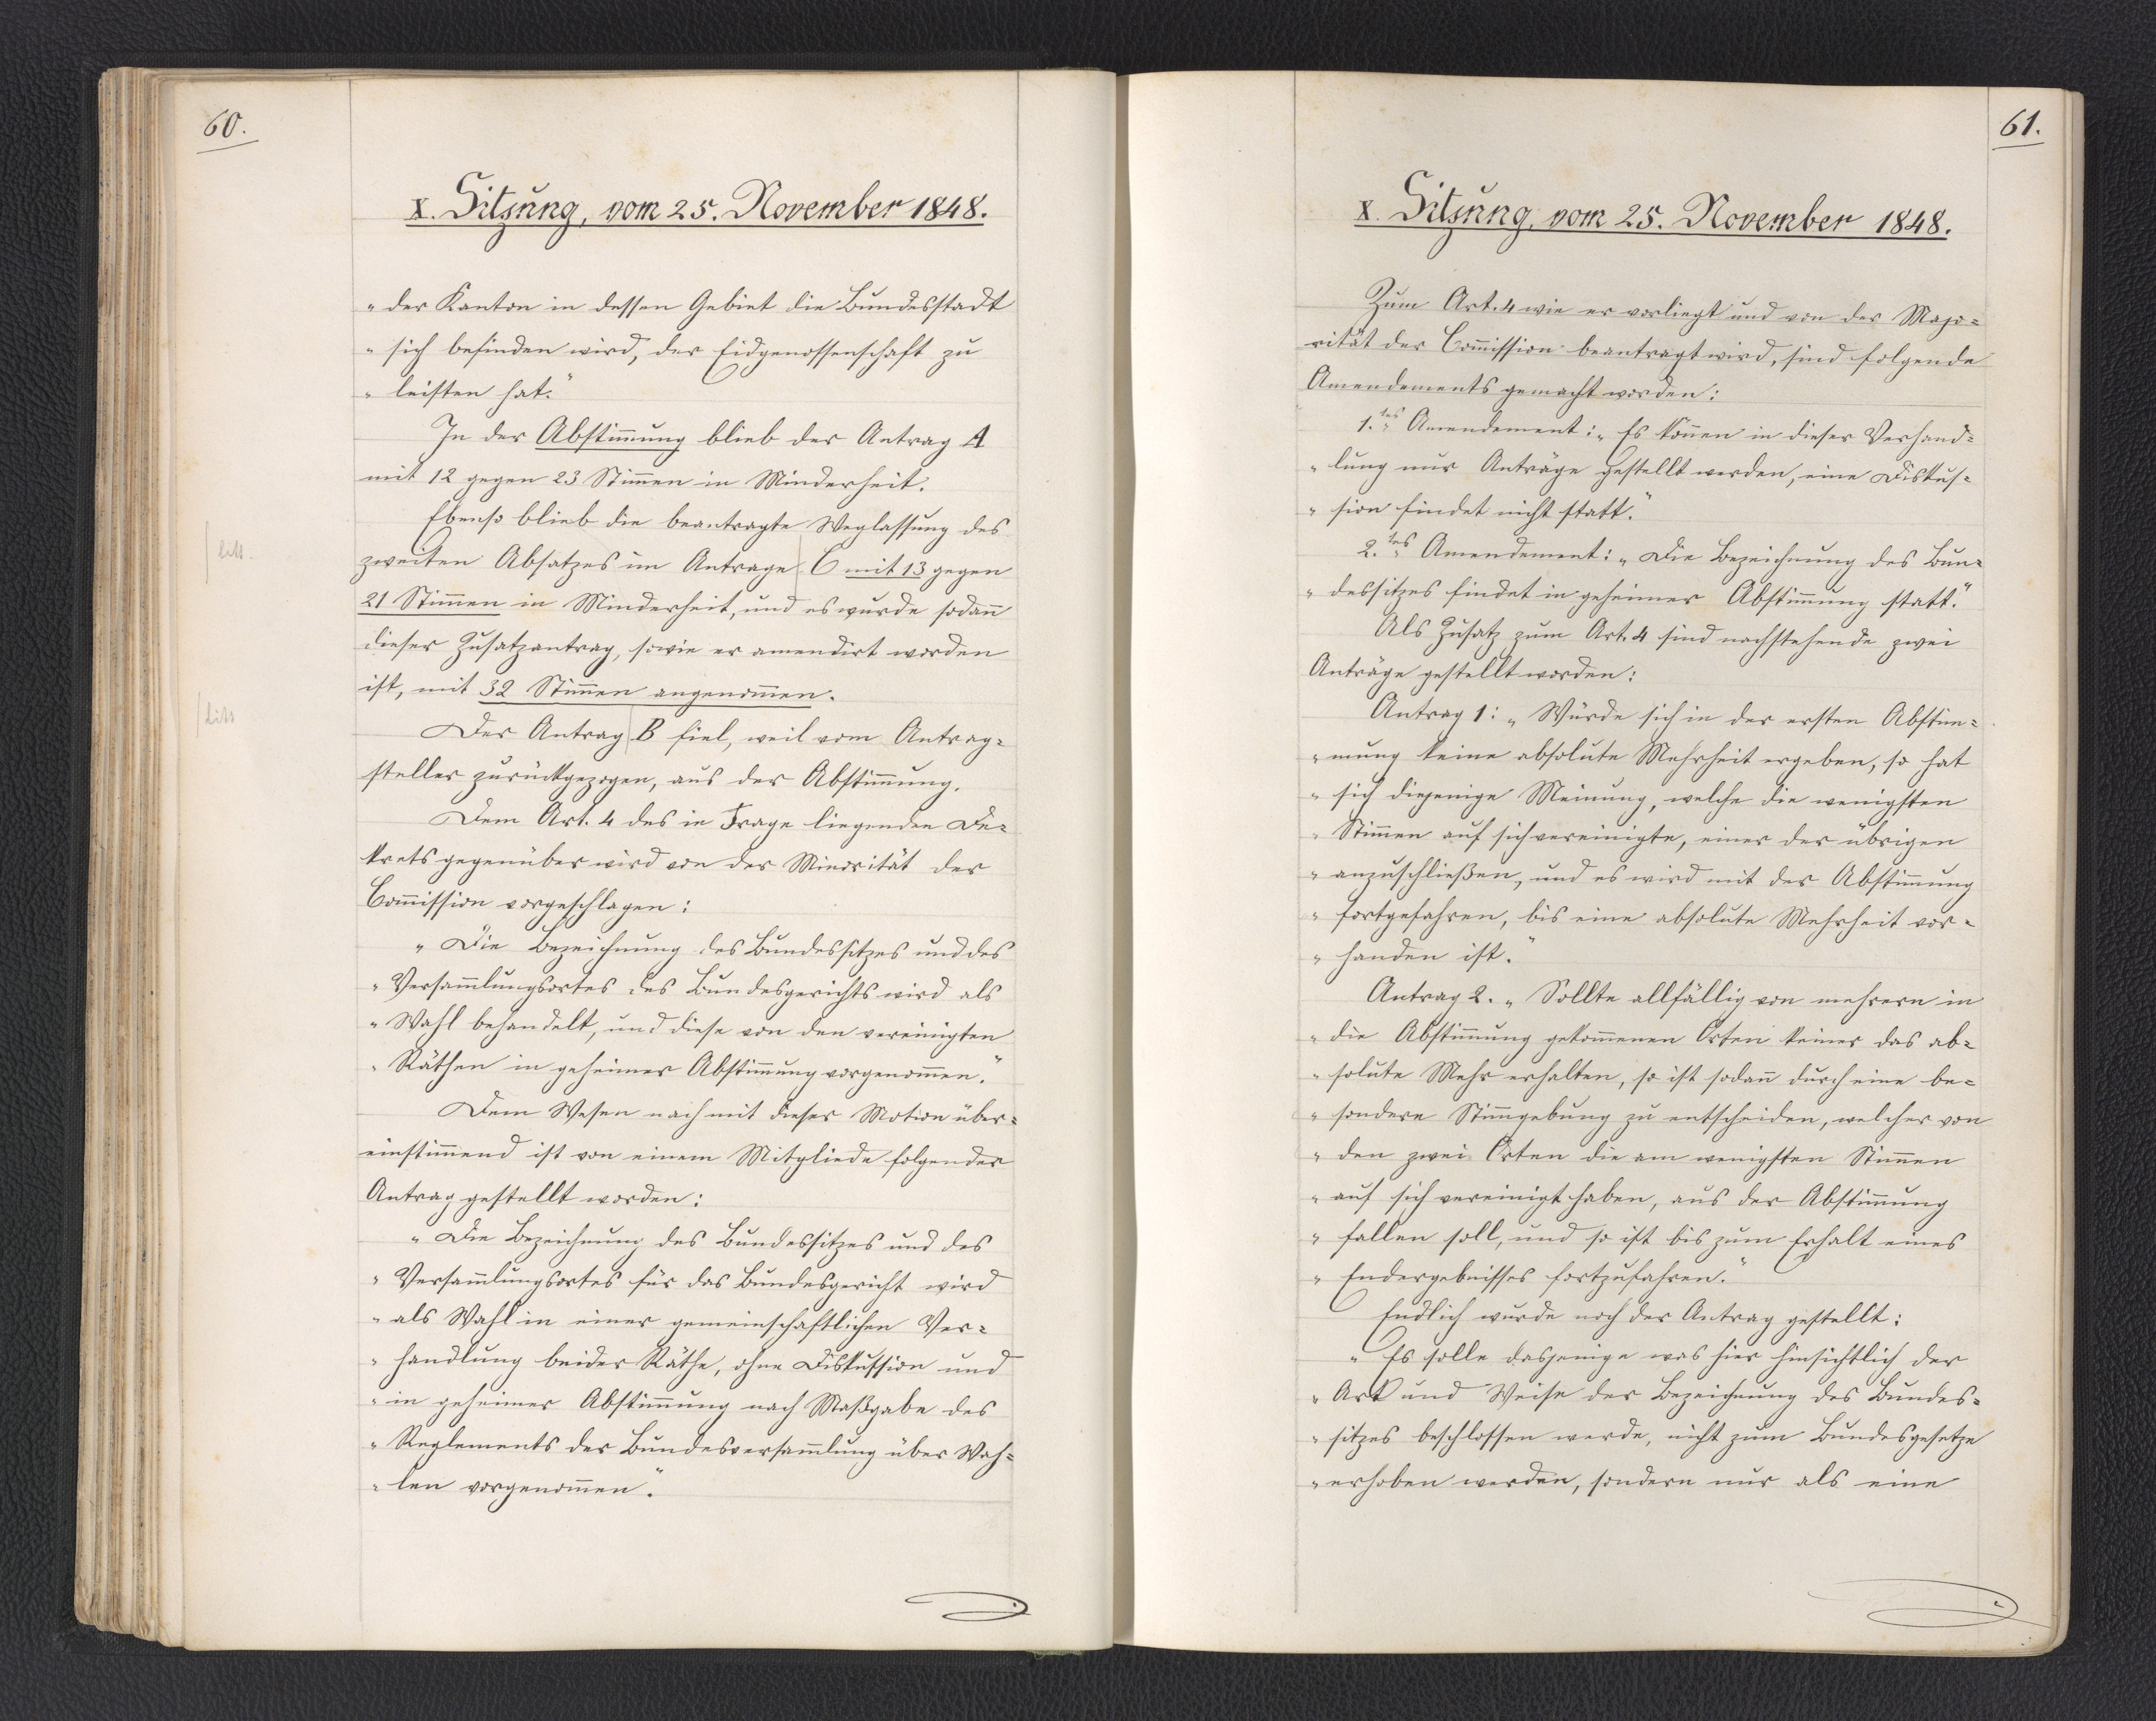
60.

X. Sitzung, vom 25. November 1848.

der Kanton in dessen Gebiet die Bundesstadt
sich befinden wird, der Eidgenossenschaft zu
leisten hat."
In der Abstimmung blieb der Antrag A
mit 12 gegen 23 Stimmen in Minderheit.
Ebenso blieb die beantragte Weglassung des
zweiten Absatzes im Antrage C mit 13 gegen
21 Stimmen in Minderheit, und es wurde sodann
dieser Zusatzantrag, so wie er amendirt worden
ist, mit 32 Stimmen angenommen.
Der Antrag B fiel, weil vom Antrag¬
steller zurückgezogen, aus der Abstimmung.
Dem Art. 4 des in Frage liegenden De¬
krets gegenüber wird von der Minorität der
Commission vorgeschlagen:
"Die Bezeichnung des Bundessitzes und des
Versammlungsortes des Bundesgerichts wird als
Wahl behandelt, und diese von den vereinigten
Räthen in geheimer Abstimmung vorgenommen."
Dem Wesen nach mit dieser Motion über¬
einstimmend ist von einem Mitgliede folgender
Antrag gestellt worden:
"Die Bezeichnung des Bundessitzes und des
Versammlungsortes für das Bundesgericht wird
als Wahl in einer gemeinschaftlichen Ver¬
handlung beider Räthe, ohne Diskussion und
in geheimer Abstimmung nach Maßgabe des
Reglements der Bundesversammlung über Wah¬
len vorgenommen."

61.

X. Sitzung, vom 25. November 1848.

Zum Art. 4 wie er vorliegt und von der Majo¬
rität der Commission beantragt wird, sind folgende
Amendements gemacht worden:
1.tes Amendement: "Es können in dieser Verhand¬
lung nur Anträge gestellt werden, eine Diskus¬
sion findet nicht statt."
2.tes Amendement: "Die Bezeichnung des Bun¬
dessitzes findet in geheimer Abstimmung statt."
Als Zusatz zum Art. 4 sind nachstehende zwei
Anträge gestellt worden:
Antrag 1: "Würde sich in der ersten Abstim¬
mung keine absolute Mehrheit ergeben, so hat
sich diejenige Meinung, welche die wenigsten
Stimmen auf sich vereinigte, einer der übrigen
anzuschließen, und es wird mit der Abstimmung
fortgefahren, bis eine absolute Mehrheit vor¬
handen ist."
Antrag 2. "Sollte allfällig von mehrern in
die Abstimmung gekommenen Orten keiner das ab¬
solute Mehr erhalten, so ist sodann durch eine be¬
sondere Stimmgebung zu entscheiden, welcher von
den zwei Orten die am wenigsten Stimmen
auf sich vereinigt haben, aus der Abstimmung
fallen soll, und so ist bis zum Erhalt eines
Endergebnisses fortzufahren."
Endlich wurde noch der Antrag gestellt:
"Es solle dasjenige was hier hinsichtlich der
Art und Weise der Bezeichnung des Bundes¬
sitzes beschlossen werde, nicht zum Bundesgesetze
erhoben werden, sondern nur als eine